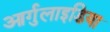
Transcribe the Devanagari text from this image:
आर्गुलाइडिया